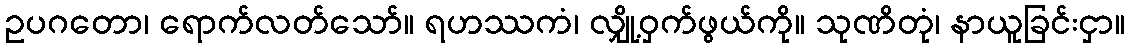
ဥပဂတော၊ ရောက်လတ်သော်။ ရဟဿကံ၊ လျှို့ဝှက်ဖွယ်ကို။ သုဏိတုံ၊ နာယူခြင်းငှာ။